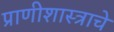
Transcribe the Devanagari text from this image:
प्राणीशास्त्राचे